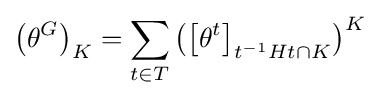
\left(\theta ^{G}\right)_{K}=\sum _{t\in T}\left(\left[\theta ^{t}\right]_{t^{-1}Ht\cap K}\right)^{K}